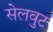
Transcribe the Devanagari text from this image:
सेलवुट